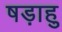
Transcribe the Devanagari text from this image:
षड़ाहु